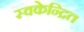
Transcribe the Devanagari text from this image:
स्वकेन्द्रित